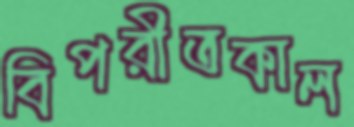
বিপরীতকাল